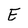
Character: E